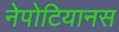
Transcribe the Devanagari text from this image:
नेपोटियानस